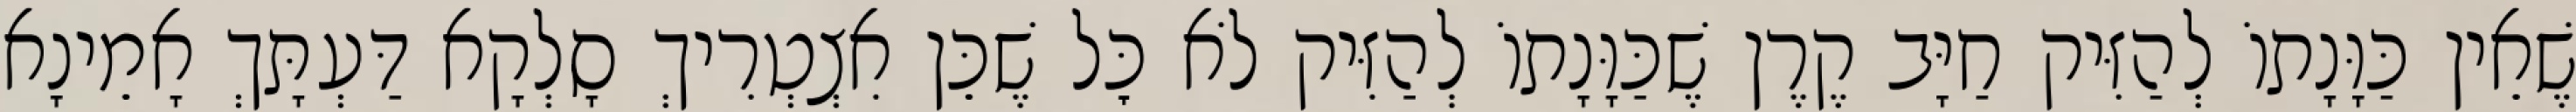
שֶׁאֵין כַּוָּנָתוֹ לְהַזִּיק חַיָּב קֶרֶן שֶׁכַּוָּנָתוֹ לְהַזִּיק לֹא כׇּל שֶׁכֵּן אִצְטְרִיךְ סָלְקָא דַּעְתָּךְ אָמֵינָא